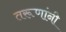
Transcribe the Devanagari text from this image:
तरूणांनी